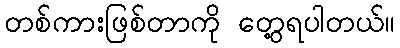
တစ်ကားဖြစ်တာကို တွေ့ရပါတယ်။